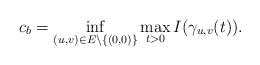
LaTeX: \begin{align*}c_{b}=\mathop{\inf}\limits_{(u,v)\in E\setminus\{(0,0)\}}\mathop{\max}\limits_{t>0}I(\gamma_{u,v}(t)).\end{align*}